Document type: Sale
Year: 1440
Scribe: Pere Pau Pujades
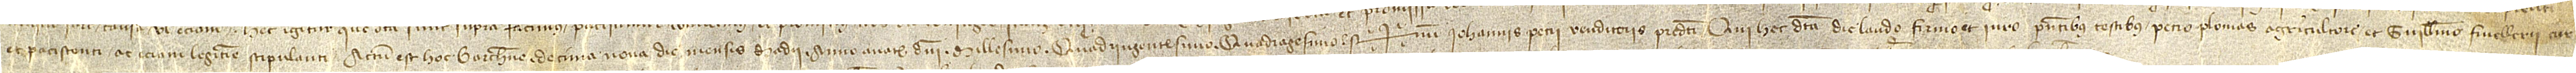
et paciscenti ac etiam legitime stipulanti. Actum est hoc Barchinone decima nona die mensis madii, anno a Nativitate Domini millesimo quadringentesimo quadragesimo. Sig+num Iohannis Petri, venditoris predicti, qui hec dicta die laudo, firmo et iuro, presentibus testibus Petro Plomas, agricultore, et Guillelmo Fivellerii, cur-